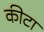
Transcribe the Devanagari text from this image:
कीटा